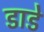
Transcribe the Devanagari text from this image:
डाडे